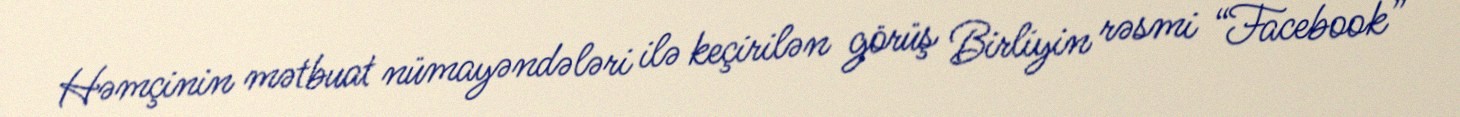
Həmçinin mətbuat nümayəndələri ilə keçirilən görüş Birliyin rəsmi “Facebook”